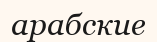
арабские